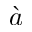
\grave { a }